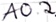
Text: A0.2